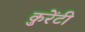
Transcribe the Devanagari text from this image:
कुरेंटी